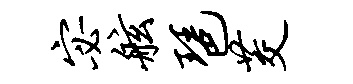
宓舷琶茭